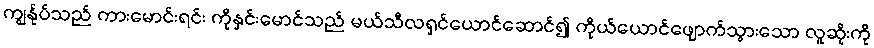
ကျွန်ုပ်သည် ကားမောင်းရင်း ကိုနှင်းမောင်သည် မယ်သီလရှင်ယောင်ဆောင်၍ ကိုယ်ယောင်ဖျောက်သွားသော လူဆိုးကို